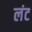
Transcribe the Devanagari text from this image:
लंट